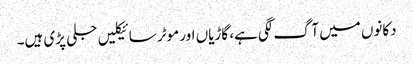
دکانوں میں آگ لگی ہے، گاڑیاں اور موٹر سائیکلیں جلی پڑی ہیں۔